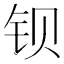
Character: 钡